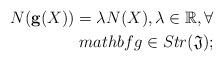
LaTeX: \begin{align*}N(\mathbf{g}(X))=\lambda N(X),\lambda \in \mathbb{R},\forall \\mathbf{g}\in Str(\mathfrak{J});\end{align*}